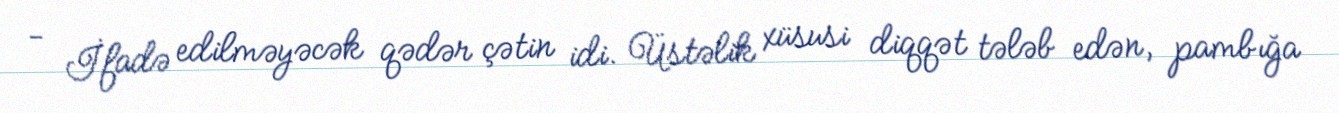
- İfadə edilməyəcək qədər çətin idi. Üstəlik xüsusi diqqət tələb edən, pambığa